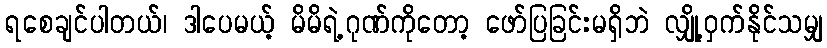
ရစေချင်ပါတယ်၊ ဒါပေမယ့် မိမိရဲ့ဂုဏ်ကိုတော့ ဖော်ပြခြင်းမရှိဘဲ လျှို့ဝှက်နိုင်သမျှ